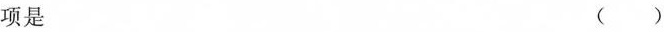
项是 ( )